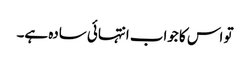
تو اس کا جواب انتہائی سادہ ہے۔